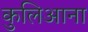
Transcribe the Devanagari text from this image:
कुलिआना